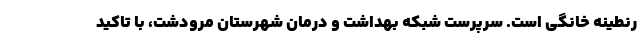
رنطینه خانگی است. سرپرست شبکه بهداشت و درمان شهرستان مرودشت، با تاکید